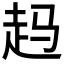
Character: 𲃉